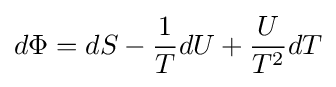
d\Phi =dS-{\frac {1}{T}}dU+{\frac {U}{T^{2}}}dT